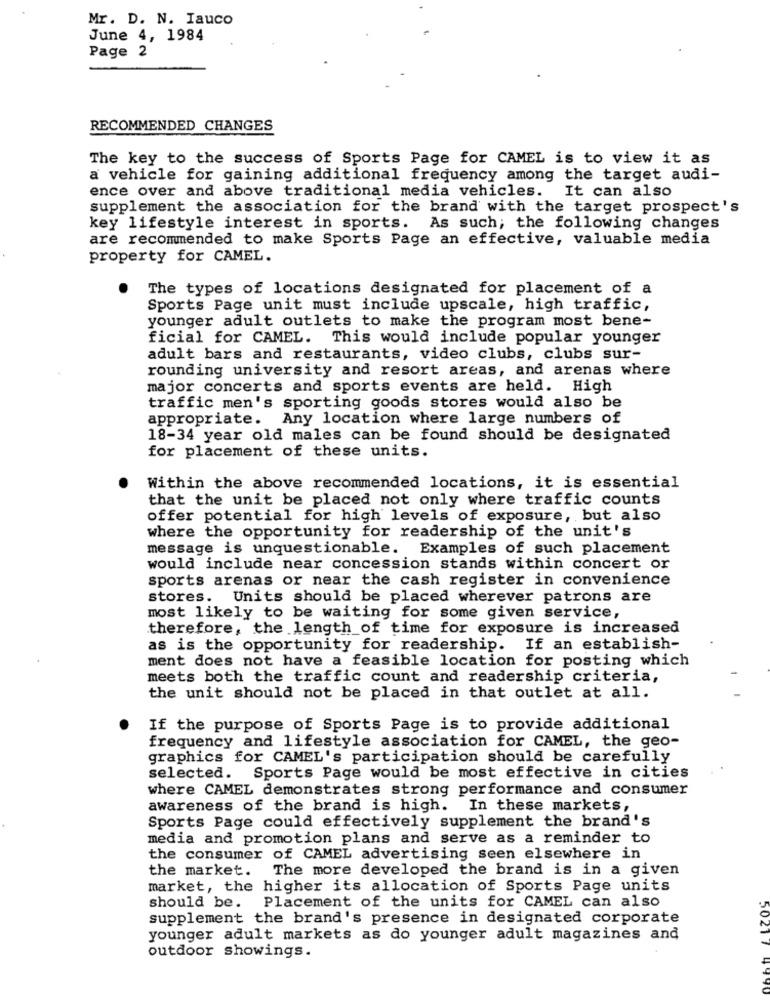
Mr. D. N. Iauco
June 4, 1984
Page 2
RECOMMENDED CHANGES
The key to the success of Sports Page for CAMEL is to view it as
a vehicle for gaining additional frequency among the target audi-
ence over and above traditional media vehicles. It can also
supplement the association for the brand with the target prospect's
key lifestyle interest in sports. As such; the following changes
are recommended to make Sports Page an effective, valuable media
property for CAMEL.
The types of locations designated for placement of a
Sports Page unit must include upscale, high traffic,
younger adult outlets to make the program most bene-
ficial for CAMEL. This would include popular younger
adult bars and restaurants, video clubs, clubs sur-
rounding university and resort areas, and arenas where
major concerts and sports events are held. High
traffic men's sporting goods stores would also be
appropriate. Any location where large numbers of
18-34 year old males can be found should be designated
for placement of these units.
Within the above recommended locations, it is essential
that the unit be placed not only where traffic counts
offer potential for high levels of exposure, but also
where the opportunity for readership of the unit's
message is unquestionable. Examples of such placement
would include near concession stands within concert or
sports arenas or near the cash register in convenience
stores. Units should be placed wherever patrons are
most likely to be waiting for some given service,
therefore, the length of time for exposure is increased
as is the opportunity for readership. If an establish-
ment does not have a feasible location for posting which
meets both the traffic count and readership criteria,
the unit should not be placed in that outlet at all.
If the purpose of Sports Page is to provide additional
frequency and lifestyle association for CAMEL, the geo-
graphics for CAMEL's participation should be carefully
selected. Sports Page would be most effective in cities
where CAMEL demonstrates strong performance and consumer
awareness of the brand is high. In these markets,
Sports Page could effectively supplement the brand's
media and promotion plans and serve as a reminder to
the consumer of CAMEL advertising seen elsewhere in
the market. The more developed the brand is in a given
market, the higher its allocation of Sports Page units
should be. Placement of the units for CAMEL can also
supplement the brand's presence in designated corporate
younger adult markets as do younger adult magazines and
5021 1
outdoor showings.